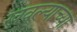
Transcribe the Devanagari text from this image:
खवल्याच्या